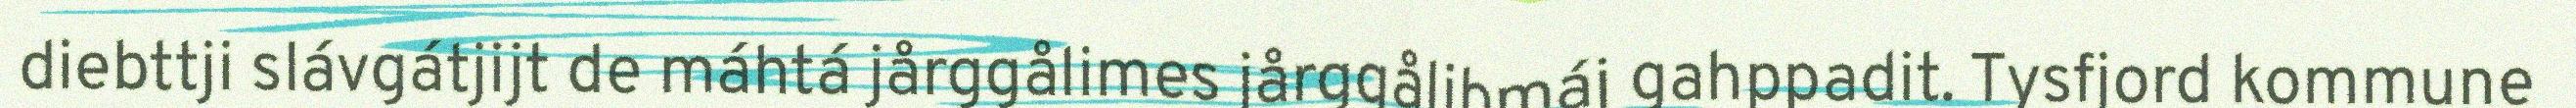
diebttji slávgátjijt de máhtá jårggålimes jårggålibmáj gahppadit. Tysfjord kommune